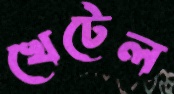
খেটেল